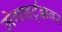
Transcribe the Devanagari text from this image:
मेगाहर्ट्‌झवर